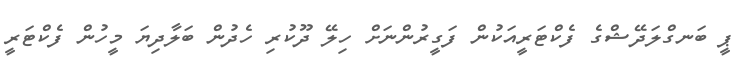
ޕީ ބަނގްލަދޭޝްގެ ފެކްޓަރީއަކުން ފަގީރުންނަށް ހިލޭ ދޫކުރި ހެދުން ބަލާދިޔަ މީހުން ފެކްޓަރީ